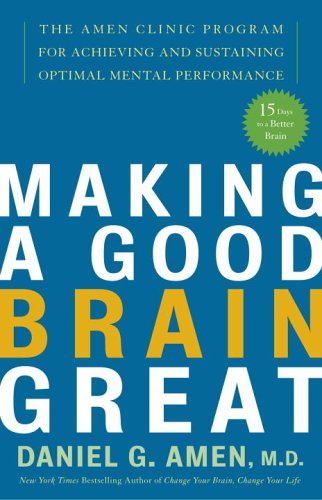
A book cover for Making a Good Brain Great: The Amen Clinic Program for Achieving and Sustaining Optimal Mental Performance; Daniel G. Amen; Self-Help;